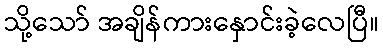
သို့သော် အချိန်ကားနှောင်းခဲ့လေပြီ။